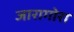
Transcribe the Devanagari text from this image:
जारागोरा